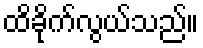
ထိခိုက်လွယ်သည်။